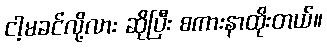
ငါ့မခင်လို့လား ဆိုပြီး စကားနာထိုးတယ်။